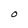
Character: O